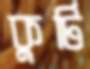
কুটি